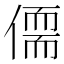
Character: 𪝥